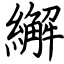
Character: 繲